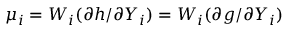
\mu _ { i } = W _ { i } ( { \partial h } / { \partial Y _ { i } } ) = W _ { i } ( { \partial g } / { \partial Y _ { i } } )